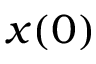
x ( 0 )